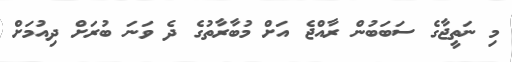
މި ނަތީޖާގެ ސަބަބުން ރާއްޖެ އަށް މުބާރާތުގެ ދެ ވަނަ ބުރަށް ދިއުމަށް